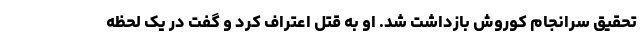
تحقیق سرانجام کوروش بازداشت شد. او به قتل اعتراف کرد و گفت در یک لحظه